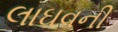
લાઘવની